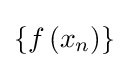
\left\{f\left(x_{n}\right)\right\}